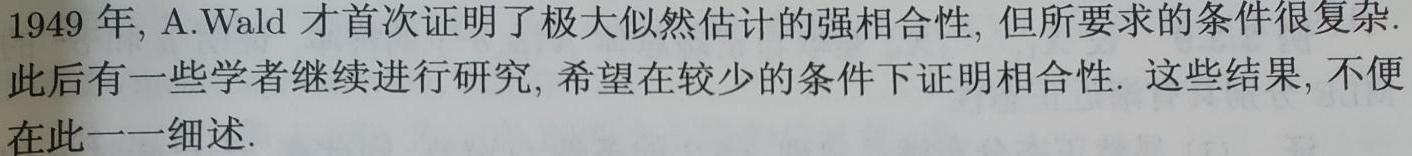
1949 年, A.Wald 才首次证明了极大似然估计的强相合性, 但所要求的条件很复杂. 此后有一些学者继续进行研究, 希望在较少的条件下证明相合性. 这些结果, 不便在此一一细述.